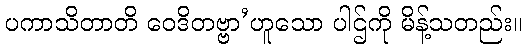
ပကာသိတာတိ ဝေဒိတဗ္ဗာ’ဟူသော ပါဌ်ကို မိန့်သတည်း။